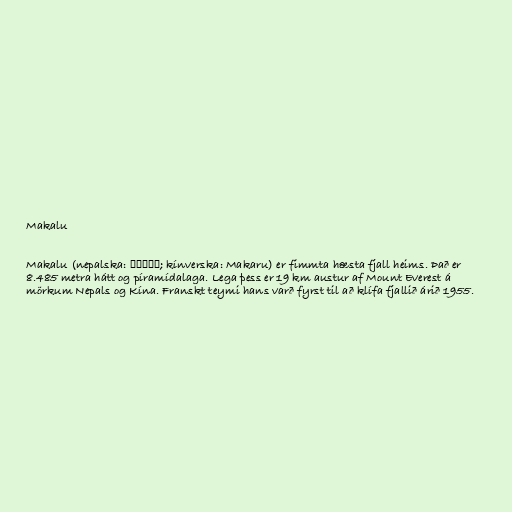
Makalu

Makalu (nepalska: मकालु; kínverska: Makaru) er fimmta hæsta fjall heims. Það er
8.485 metra hátt og píramídalaga. Lega þess er 19 km austur af Mount Everest á
mörkum Nepals og Kína. Franskt teymi hans varð fyrst til að klífa fjallið árið 1955.